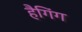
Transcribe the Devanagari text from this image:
हैगिंग